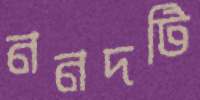
ননদটি